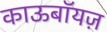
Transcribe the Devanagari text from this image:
काऊबॉयज़